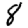
Digit: 8